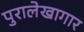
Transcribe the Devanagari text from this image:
पुरालेखागार